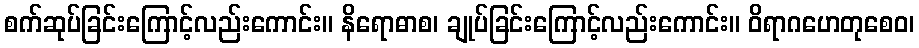
စက်ဆုပ်ခြင်းကြောင့်လည်းကောင်း။ နိရောဓာစ၊ ချုပ်ခြင်းကြောင့်လည်းကောင်း။ ဝိရာဂဟေတုစေဝ၊